Report on the cultivation and use of ganja
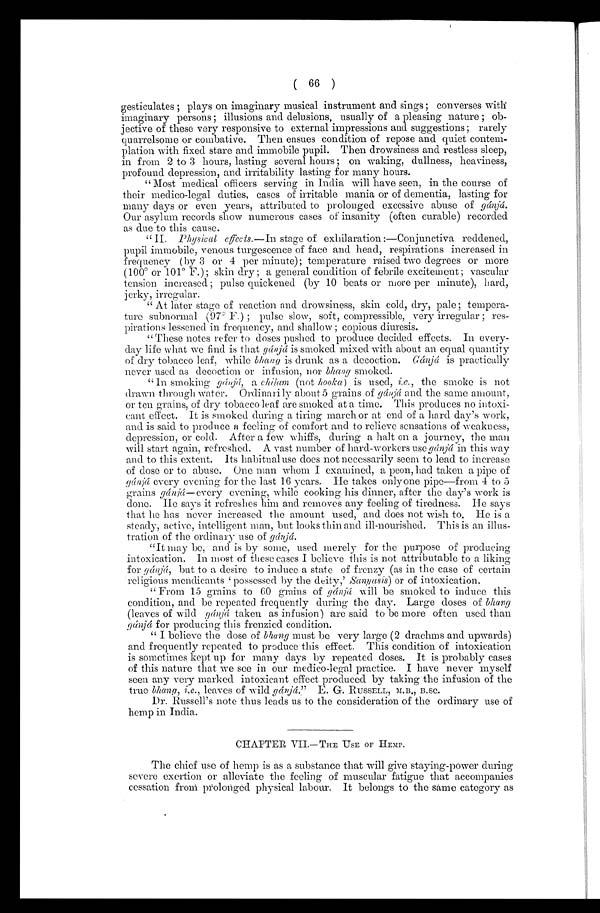
( 66 )
gesticulates ; plays on imaginary musical instrument and sings; converses with
imaginary persons; illusions and delusions, usually of a pleasing nature ; ob-
jective of these very responsive to external impressions and suggestions; rarely
quarrelsome or combative. Then ensues condition of repose and quiet contem-
plation with fixed stare and immobile pupil. Then drowsiness and restless sleep,
in from 2 to 3 hours, lasting several hours; on waking, dullness, heaviness,
profound depression, and irritability lasting for many hours.
"Most medical officers serving in India will have seen, in the course of
their medico-legal duties, cases of irritable mania or of dementia, lasting for
many days or even years, attributed to prolonged excessive abuse of gánjá.
Our asylum records show numerous cases of insanity (often curable) recorded
as due to this cause.
"II. Physical effects.—In stage of exhilaration:—Conjunctiva reddened,
pupil immobile, venous turgescence of face and head, respirations increased in
frequency (by 3 or 4 per minute); temperature raised two degrees or more
(100° or 101° F.); skin dry ; a general condition of febrile excitement; vascular
tension increased; pulse quickened (by 10 beats or more per minute), hard,
jerky, irregular.
" At later stage of reaction and drowsiness, skin cold, dry, pale; tempera-
ture subnormal (97° F.) ; pulse slow, soft, compressible, very irregular ; res-
pirations lessened in frequency, and shallow; copious diuresis.
"These notes refer to doses pushed to produce decided effects. In every-
day life what we find is that gánjá is smoked mixed with about an equal quantity
of dry tobacco leaf, while bhang is drunk as a decoction. Gánjá is practically
never used as decoction or infusion, nor bhang smoked.
"In smoking gánjá , a chilam (not hooka) is used, i.e., the smoke is not
drawn through water. Ordinarily about 5 grains of gánjá and the same amount,
or ten grains, of dry tobacco leaf are smoked at a time. This produces no intoxi-
cant effect. It is smoked during a tiring march or at end of a hard day's work,
and is said to produce a feeling of comfort and to relieve sensations of weakness,
depression, or cold. After a few whiffs, during a halt on a journey, the man
will start again, refreshed. A vast number of hard-workers use gánjá in this way
and to this extent. Its habitual use does not necessarily seem to lead to increase
of dose or to abuse. One man whom I examined, a peon, had taken a pipe of
gánjá every evening for the last 16 years. He takes only one pipe—from 4 to 5
grains gánjá—every evening, while cooking his dinner, after the day's work is
done. He says it refreshes him and removes any feeling of tiredness. He says
that he has never increased the amount used, and does not wish to. He is a
steady, active, intelligent man, but looks thin and ill-nourished. This is an illus-
tration of the ordinary use of gánjá.
"It may be, and is by some, used merely for the purpose of producing
intoxication. In most of these cases I believe this is not attributable to a liking
for gánjá, but to a desire to induce a state of frenzy (as in the case of certain
religious mendicants possessed by the deity,' Sanyasis) or of intoxication.
"From 15 grains to 60 grains of gánjá will be smoked to induce this
condition, and be repeated frequently during the day. Large doses of bhang
(leaves of wild gánjá taken as infusion) are said to be more often used than
gánjá for producing this frenzied condition.
" I believe the close of bhang must be very large (2 drachms and upwards)
and frequently repeated to produce this effect. This condition of intoxication
is sometimes kept up for many days by repeated doses. It is probably cases
of this nature that we see in our medico-legal practice. I have never myself
seen any very marked intoxicant effect produced by taking the infusion of the
true bhang, i.e., leaves of wild gánjá." E. G. RUSSELL, M.B., B.SC.
Dr. Russell's note thus leads us to the consideration of the ordinary use of
hemp in India.
CHAPTER VII.— THE USE OF HEMP.
The chief use of hemp is as a substance that will give staying-power during
severe exertion or alleviate the feeling of muscular fatigue that accompanies
cessation front prolonged physical labour. It belongs to the same category as